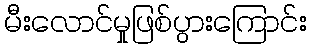
မီးလောင်မှုဖြစ်ပွားကြောင်း